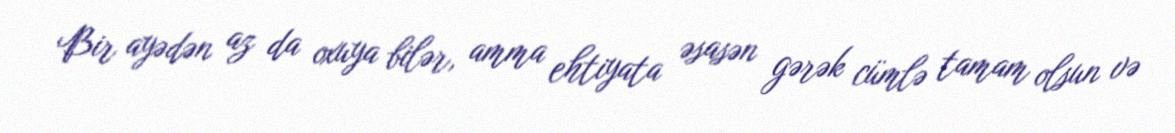
Bir ayədən az da oxuya bilər, amma ehtiyata əsasən gərək cümlə tamam olsun və